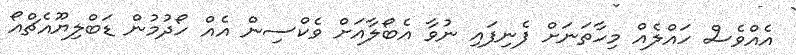
އެއްވެސް ހައްލެއް މިހާތަނަށް ފެނިފައި ނުވާ އެބޯލާއަށް ވެކްސިން އެއް ހޯދުމުން ޑަބްލިޔޫއެޗްއޯ